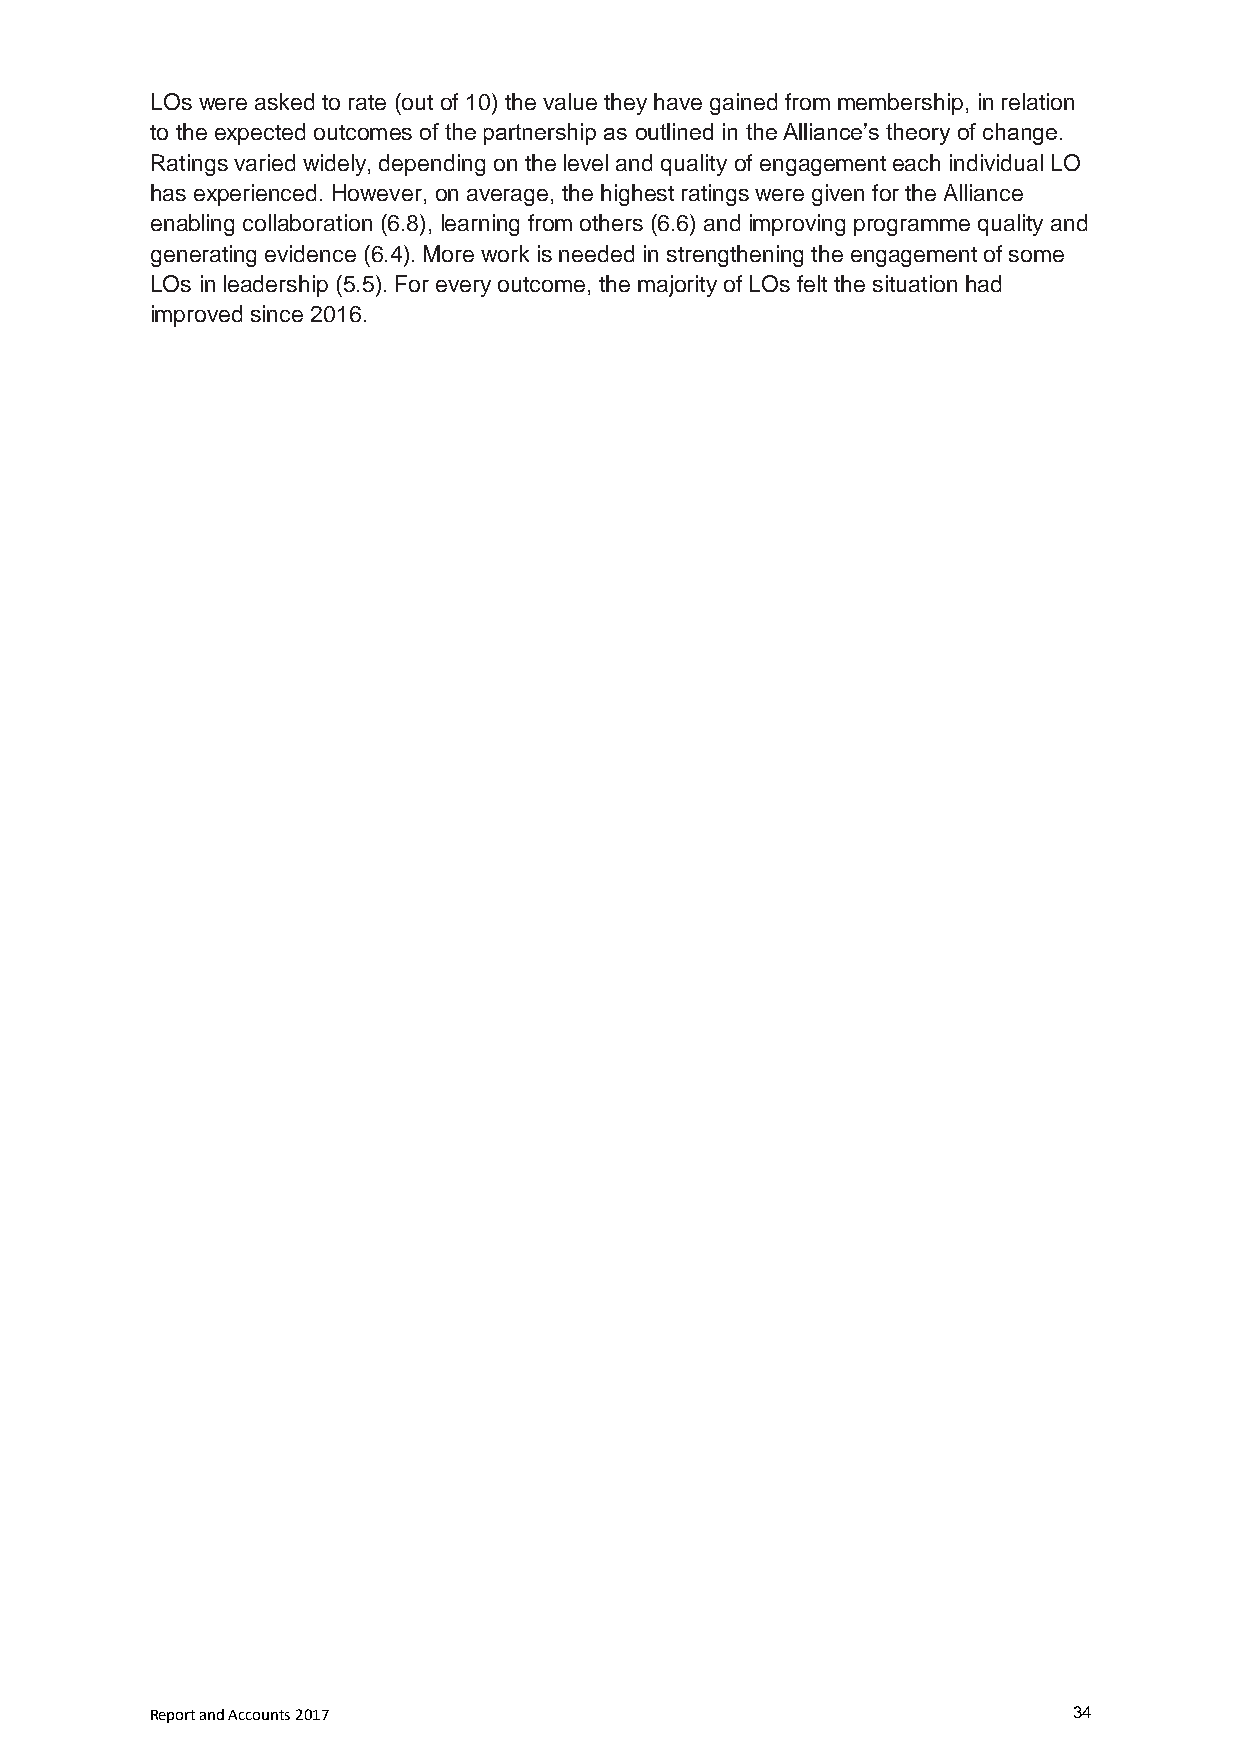
LOs were asked to rate (out of 10) the value they have gained from membership, in relation
 to the expected outcomes of the partnership as outlined in the Alliance’s theory of change.
 Ratings varied widely, depending on the level and quality of engagement each individual LO
 has experienced. However, on average, the highest ratings were given for the Alliance
 enabling collaboration (6.8), learning from others (6.6) and improving programme quality and
 generating evidence (6.4). More work is needed in strengthening the engagement of some
 LOs in leadership (5.5). For every outcome, the majority of LOs felt the situation had
 improved since 2016.
 Report and Accounts 2017                                     34